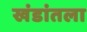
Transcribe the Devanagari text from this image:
खंडांतला